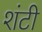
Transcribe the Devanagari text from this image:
शंटी